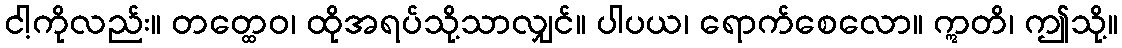
ငါ့ကိုလည်း။ တတ္ထေဝ၊ ထိုအရပ်သို့သာလျှင်။ ပါပယ၊ ရောက်စေလော။ ဣတိ၊ ဤသို့။